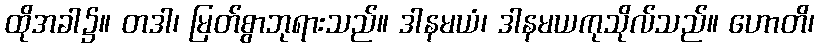
ထိုအခါ၌။ တဒါ၊ မြတ်စွာဘုရားသည်။ ဒါနမယံ၊ ဒါနမယကုသိုလ်သည်။ ဟောတိ၊